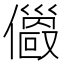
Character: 𠐄